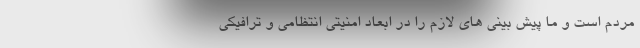
مردم است و ما پیش بینی های لازم را در ابعاد امنیتی انتظامی و ترافیکی